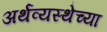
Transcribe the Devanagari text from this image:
अर्थव्यस्थेच्या